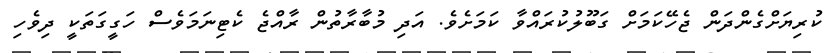
ކުރިޔަށްގެންދަން ޖެހޭކަމަށް ގަބޫލުކުރައްވާ ކަމަށެވެ. އަދި މުބާރާތުން ރާއްޖެ ކެޓިނަމަވެސް ހަގީގަތަކީ ދިވެހި